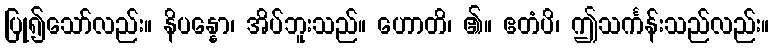
ပြု၍သော်လည်း။ နိပန္နော၊ အိပ်ဘူးသည်။ ဟောတိ၊ ၏။ ဧတံပိ၊ ဤသင်္ကန်းသည်လည်း။